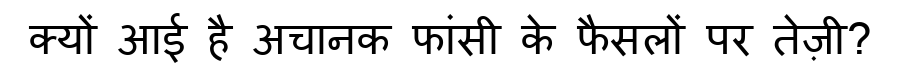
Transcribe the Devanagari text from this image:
क्यों आई है अचानक फांसी के फैसलों पर तेज़ी?